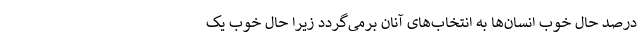
درصد حال خوب انسان‌ها به انتخاب‌های آنان برمی‌گردد زیرا حال خوب یک